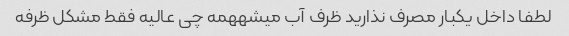
لطفا داخل یکبار مصرف نذارید ظرف آب میشههمه چی عالیه فقط مشکل ظرفه